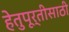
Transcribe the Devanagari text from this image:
हेतुपूर्तीसाठी